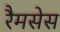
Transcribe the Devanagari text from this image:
रैमसेस